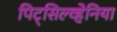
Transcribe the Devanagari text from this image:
पिट्‌सिल्व्हेनिया